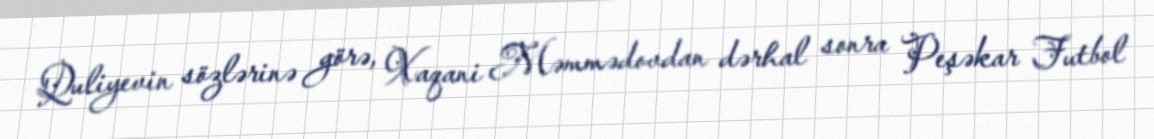
Quliyevin sözlərinə görə, Xaqani Məmmədovdan dərhal sonra Peşəkar Futbol